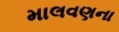
માલવણના